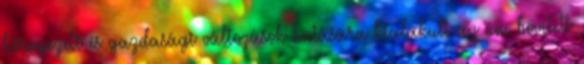
környezeti és gazdasági változások hatására kialakult az ún. bővített